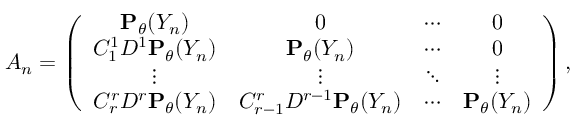
A _ { n } = \left( \begin{array} { c c c c } { { \bf P } _ { \theta } ( Y _ { n } ) } & { 0 } & { \cdots } & { 0 } \\ { C _ { 1 } ^ { 1 } D ^ { 1 } { \bf P } _ { \theta } ( Y _ { n } ) } & { { \bf P } _ { \theta } ( Y _ { n } ) } & { \cdots } & { 0 } \\ { \vdots } & { \vdots } & { \ddots } & { \vdots } \\ { C _ { r } ^ { r } D ^ { r } { \bf P } _ { \theta } ( Y _ { n } ) } & { C _ { r - 1 } ^ { r } D ^ { r - 1 } { \bf P } _ { \theta } ( Y _ { n } ) } & { \cdots } & { { \bf P } _ { \theta } ( Y _ { n } ) } \end{array} \right) ,